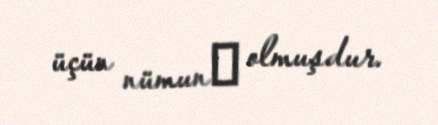
üçün nümunә olmuşdur.